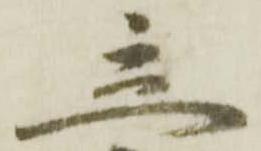
立